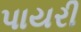
પાયરી